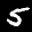
Label: 5